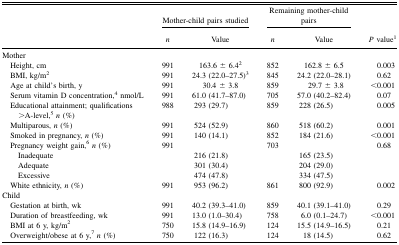
<table><thead><tr><td></td><td colspan="2"><b>Mother-child pairs studied</b></td><td colspan="2"><b>Remaining mother-child pairs</b></td><td></td></tr><tr><td></td><td><b><i>n</i></b></td><td><b>Value</b></td><td><b><i>n</i></b></td><td><b>Value</b></td><td><b><i>P</i> value<sup>1</sup></b></td></tr></thead><tbody><tr><td>Mother</td><td></td><td></td><td></td><td></td><td></td></tr><tr><td> Height, cm</td><td>991</td><td>163.6 ± 6.4<sup>2</sup></td><td>852</td><td>162.8 ± 6.5</td><td>0.003</td></tr><tr><td> BMI, kg/m<sup>2</sup></td><td>991</td><td>24.3 (22.0–27.5)<sup>3</sup></td><td>845</td><td>24.2 (22.0–28.1)</td><td>0.62</td></tr><tr><td> Age at child&#x27;s birth, y</td><td>991</td><td>30.4 ± 3.8</td><td>859</td><td>29.7 ± 3.8</td><td>&lt;0.001</td></tr><tr><td> Serum vitamin D concentration,<sup>4</sup> nmol/L</td><td>991</td><td>61.0 (41.7–87.0)</td><td>705</td><td>57.0 (40.2–82.4)</td><td>0.07</td></tr><tr><td> Educational attainment; qualifications &gt;A-level,<sup>5</sup><i>n</i> (%)</td><td>988</td><td>293 (29.7)</td><td>859</td><td>228 (26.5)</td><td>0.005</td></tr><tr><td> Multiparous, <i>n</i> (%)</td><td>991</td><td>524 (52.9)</td><td>860</td><td>518 (60.2)</td><td>0.001</td></tr><tr><td> Smoked in pregnancy, <i>n</i> (%)</td><td>991</td><td>140 (14.1)</td><td>852</td><td>184 (21.6)</td><td>&lt;0.001</td></tr><tr><td> Pregnancy weight gain,<sup>6</sup><i>n</i> (%)</td><td>991</td><td></td><td>703</td><td></td><td>0.68</td></tr><tr><td>Inadequate</td><td></td><td>216 (21.8)</td><td></td><td>165 (23.5)</td><td></td></tr><tr><td>Adequate</td><td></td><td>301 (30.4)</td><td></td><td>204 (29.0)</td><td></td></tr><tr><td>Excessive</td><td></td><td>474 (47.8)</td><td></td><td>334 (47.5)</td><td></td></tr><tr><td> White ethnicity, <i>n</i> (%)</td><td>991</td><td>953 (96.2)</td><td>861</td><td>800 (92.9)</td><td>0.002</td></tr><tr><td>Child</td><td></td><td></td><td></td><td></td><td></td></tr><tr><td> Gestation at birth, wk</td><td>991</td><td>40.2 (39.3–41.0)</td><td>859</td><td>40.1 (39.1–41.0)</td><td>0.29</td></tr><tr><td> Duration of breastfeeding, wk</td><td>991</td><td>13.0 (1.0–30.4)</td><td>758</td><td>6.0 (0.1–24.7)</td><td>&lt;0.001</td></tr><tr><td> BMI at 6 y, kg/m<sup>2</sup></td><td>750</td><td>15.8 (14.9–16.9)</td><td>124</td><td>15.5 (14.9–16.5)</td><td>0.21</td></tr><tr><td> Overweight/obese at 6 y,<sup>7</sup><i>n</i> (%)</td><td>750</td><td>122 (16.3)</td><td>124</td><td>18 (14.5)</td><td>0.62</td></tr></tbody></table>